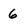
Character: 6